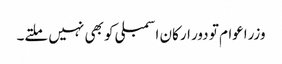
وزراعوام تو دور ارکان اسمبلی کو بھی نہیں ملتے۔